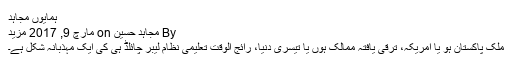
ہمایوں مجاہد
By مجاہد حسین on مارچ 9, 2017 مزید
ملک پاکستان ہو یا امریکہ، ترقی یافتہ ممالک ہوں یا تیسری دنیا، رائج الوقت تعلیمی نظام لیبر چائلڈ ہی کی ایک مہذّبانہ شکل ہے۔